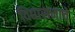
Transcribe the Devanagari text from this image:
विद्यासनाचे